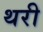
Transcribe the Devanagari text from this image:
थरी